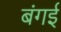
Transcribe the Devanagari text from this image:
बंगई